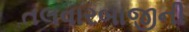
તલવારબાજીની